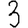
Digit: 3